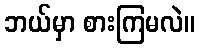
ဘယ်မှာ စားကြမလဲ။